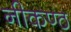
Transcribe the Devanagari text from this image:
नीकण्ठ